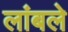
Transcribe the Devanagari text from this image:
लांबले